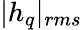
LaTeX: |h_{q}|_{rms}